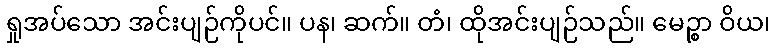
ရှုအပ်သော အင်းပျဉ်ကိုပင်။ ပန၊ ဆက်။ တံ၊ ထိုအင်းပျဉ်သည်။ မေဉ္စာ ဝိယ၊